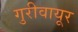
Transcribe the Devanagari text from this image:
गुरीवायूर